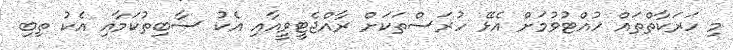
މި ހަރަކާތްތައް ހުއްޓުވުމަށް އެޅޭ ހުރަސްތަކަށް ރާއްޖެޓީވީއާއި އެކު ސާބިތުކަމާއި އެކު ތިބި